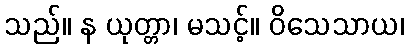
သည်။ န ယုတ္တာ၊ မသင့်။ ဝိသေသာယ၊